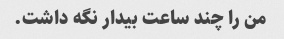
من را چند ساعت بیدار نگه داشت.